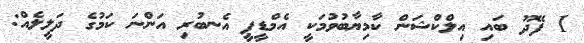
1 ފޭދޫ ބައި އިލްކްޝަން ކާމިޔާބުވުމަކީ އެމްޑީޕީ އެނބުރި އަންނަ ކަމުގެ ދަލީލެއް: